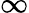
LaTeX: \infty